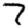
Digit: 7